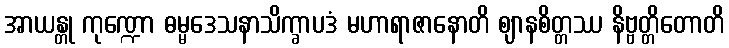
အာယန္တု ကုဏ္ဍော ဓမ္မဒေသနာသိက္ခာပဒံ မဟာရာဇာနောတိ ဈာနစိတ္တဿ နိဗ္ဗတ္တိတောတိ